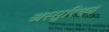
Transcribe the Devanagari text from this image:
अस्सुरियन